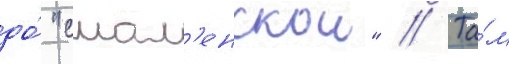
до́ "смол'енскои" // Та́м